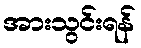
အားသွင်းရန်